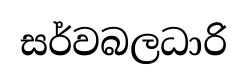
සර්වබලධාරි